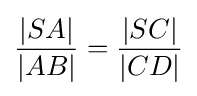
{\frac {|SA|}{|AB|}}={\frac {|SC|}{|CD|}}